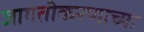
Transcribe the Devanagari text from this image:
जागतीकरणाच्या